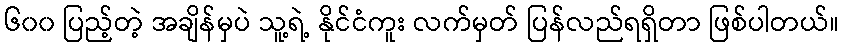
၆၀၀ ပြည့်တဲ့ အချိန်မှပဲ သူ့ရဲ့ နိုင်ငံကူး လက်မှတ် ပြန်လည်ရရှိတာ ဖြစ်ပါတယ်။